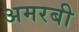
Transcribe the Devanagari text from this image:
अमरबी